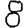
Digit: 8